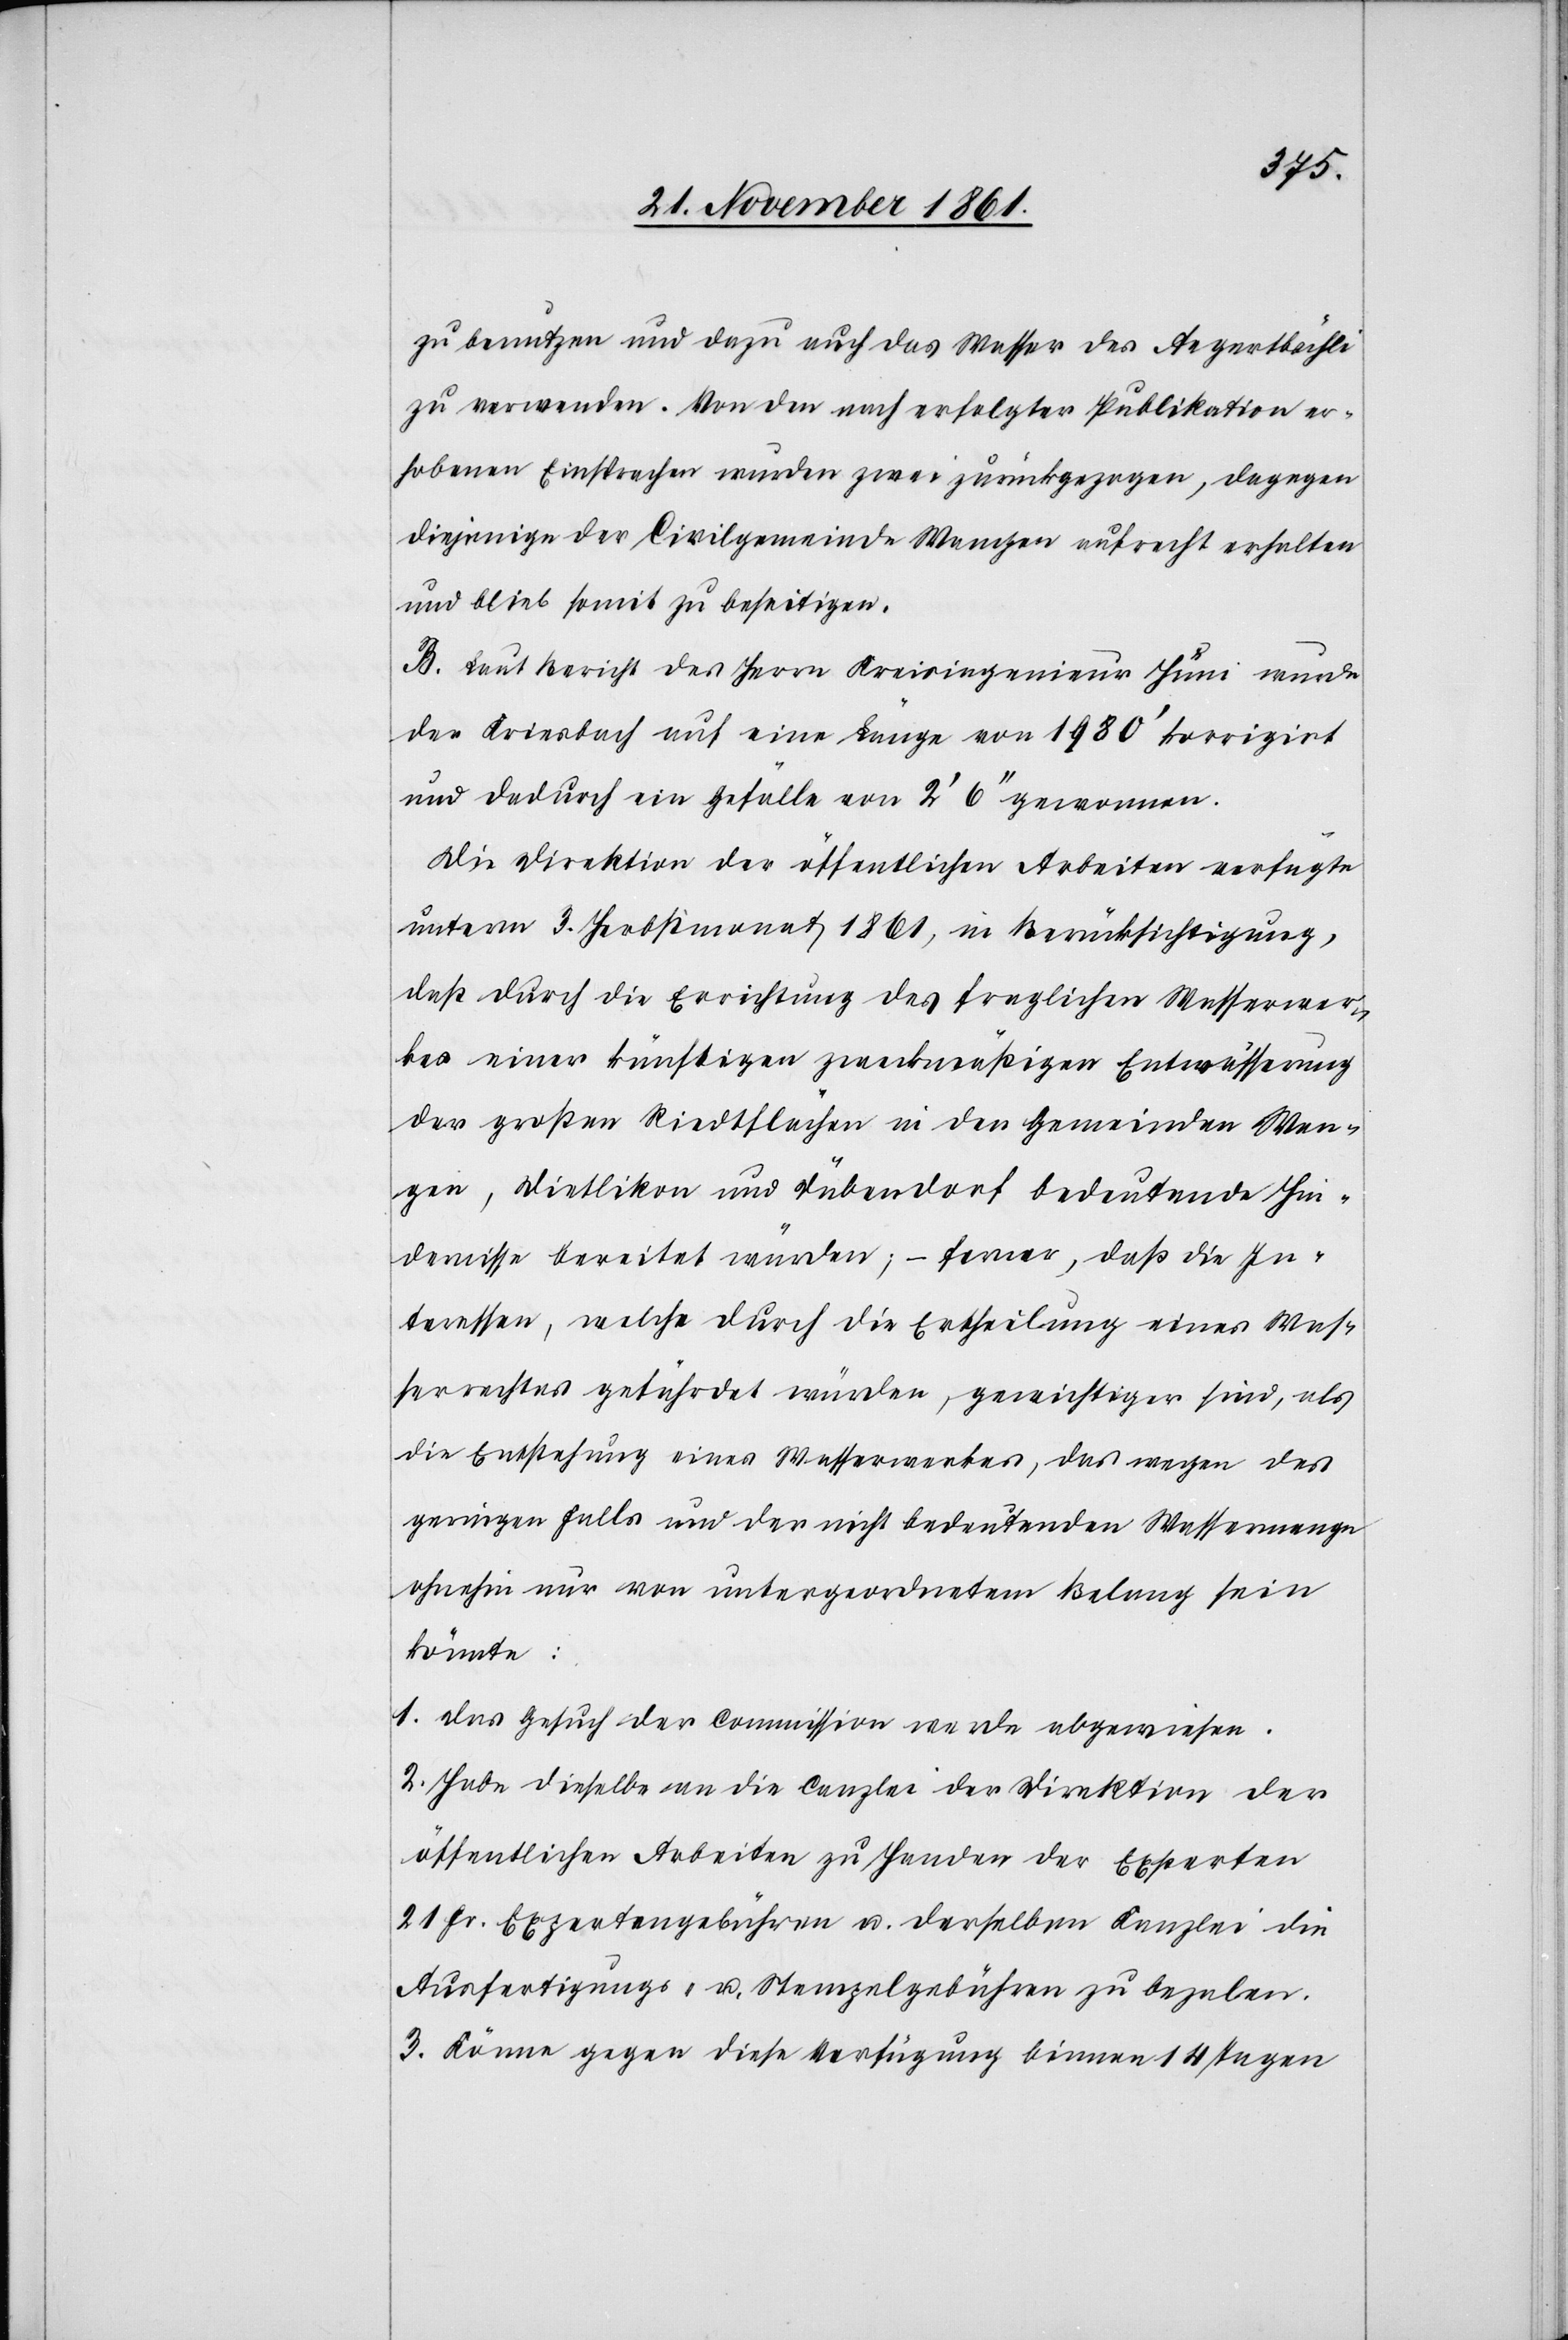
zu benutzen und dazu auch das Wasser des Aegertbächli
zu verwenden. Von den nach erfolgter Publikation er¬
hobenen Einsprachen wurden zwei zurückgezogen, dagegen
diejenige der Civilgemeinde Wangen aufrecht erhalten
und blieb somit zu beseitigen.
B. Laut Bericht des Herrn Kreisingenieurs Hüni wurde
der Kriesbach auf eine Länge von 1980‘ korrigirt
und dadurch ein Gefälle von 2‘ 6‘‘ gewonnen.
Die Direktion der öffentlichen Arbeiten verfügte
unterm 3 Herbstmonat 1861, in Berücksichtigung,
daß durch die Errichtung des fraglichen Wasserwer¬
kes einer künftigen zweckmäßigen Entwässerung
der großen Riedtflächen in den Gemeinden Wan¬
gen, Dietlikon und Dübendorf bedeutende Hin¬
dernisse bereitet würden, – ferner, daß die In¬
teressen, welche durch die Ertheilung eines Was¬
serrechtes gefährdet würden, gewichtiger sind, als
die Entstehung eines Wasserwerkes, das wegen ge¬
ringen Falls und der nicht bedeutenden Wassermenge
ohnehin nur von untergeordnetem Belang sein
könnte:
1. Das Gesuch der Commission werde abgewiesen.
2. Habe dieselbe an die Canzlei der Direktion der
öffentlichen Arbeiten zu Handen der Experten
21 Fr. Expertengebühren u. derselben Kanzlei die
Ausfertigungs- u. Stempelgebühren zu bezalen.
3. Könne gegen diese Verfügung binnen 14 Tagen